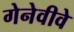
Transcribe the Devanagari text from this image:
गेनेवीवे